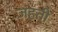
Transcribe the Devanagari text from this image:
जहती